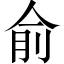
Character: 俞